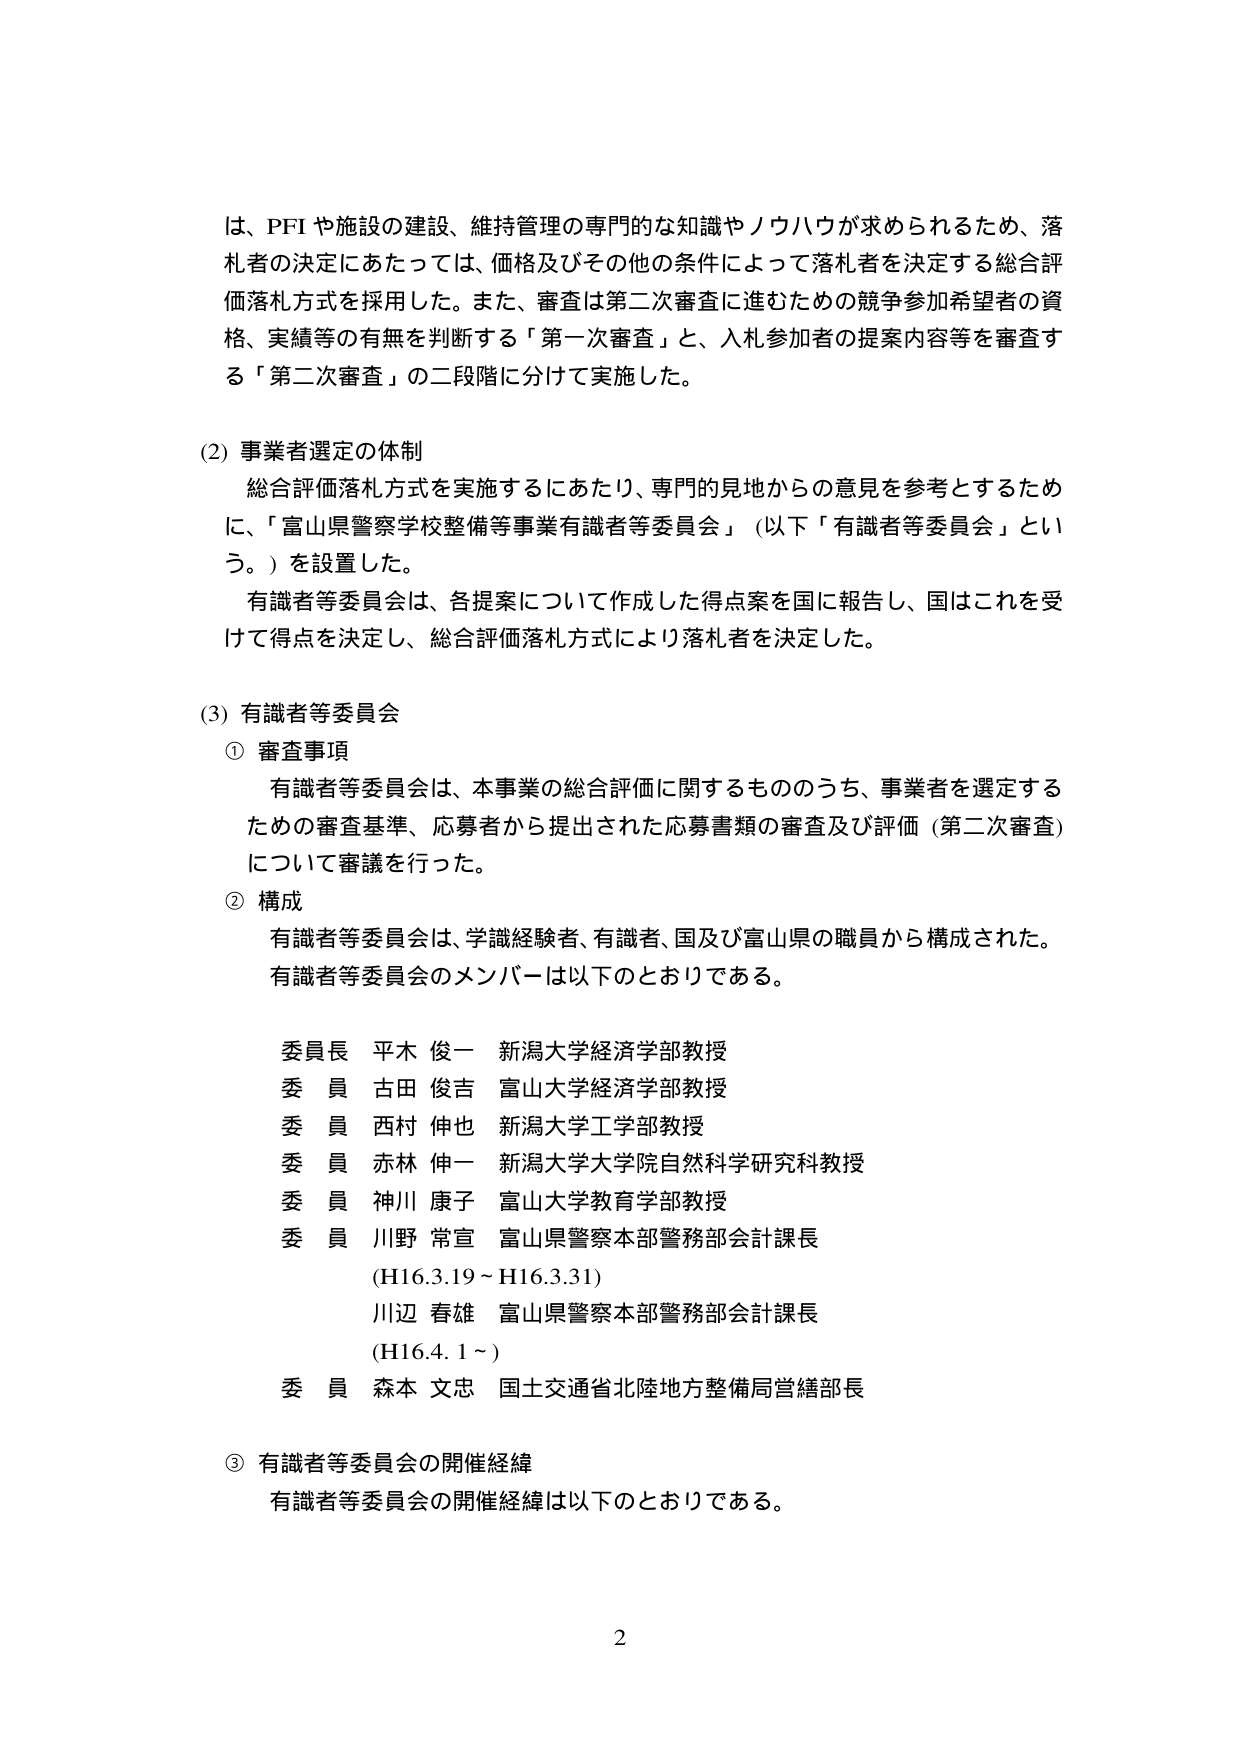
は、PFIや施設の建設、維持管理の専門的な知識やノウハウが求められるため、落札者の決定にあたっては、価格及びその他の条件によって落札者を決定する総合評価落札方式を採用した。また、審査は第二次審査に進むための競争参加希望者の資格、実績等の有無を判断する「第一次審査」と、入札参加者の提案内容等を審査する「第二次審査」の二段階に分けて実施した。

(2) 事業者選定の体制
　総合評価落札方式を実施するにあたり、専門的見地からの意見を参考とするために、「富山県警察学校整備等事業有識者等委員会」（以下「有識者等委員会」という。）を設置した。
　有識者等委員会は、各提案について作成した得点案を国に報告し、国はこれを受けて得点を決定し、総合評価落札方式により落札者を決定した。

(3) 有識者等委員会
　① 審査事項
　　有識者等委員会は、本事業の総合評価に関するもののうち、事業者を選定するための審査基準、応募者から提出された応募書類の審査及び評価（第二次審査）について審議を行った。
　② 構成
　　有識者等委員会は、学識経験者、有識者、国及び富山県の職員から構成された。有識者等委員会のメンバーは以下のとおりである。

　　委員長 平木 俊一 新潟大学経済学部教授
　　委員 古田 俊吉 富山大学経済学部教授
　　委員 西村 伸也 新潟大学工学部教授
　　委員 赤林 伸一 新潟大学大学院自然科学研究科教授
　　委員 神川 康子 富山大学教育学部教授
　　委員 川野 常宣 富山県警察本部警務部会計課長
　　　　(H16.3.19～H16.3.31)
　　　　川辺 春雄 富山県警察本部警務部会計課長
　　　　(H16.4.1～)
　　委員 森本 文忠 国土交通省北陸地方整備局営繕部長

　③ 有識者等委員会の開催経緯
　　有識者等委員会の開催経緯は以下のとおりである。

2